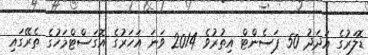
ޑޮލަރުގެ އަދަދު 50 ޕަސެންޓް އިތުރުވެ 2014 ވަނަ އަހަރުގެ އޮގަސްޓްމަހުގެ ތެރޭގައި